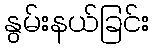
နွမ်းနယ်ခြင်း